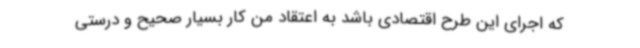
که اجرای این طرح اقتصادی باشد به اعتقاد من کار بسیار صحیح و درستی